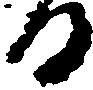
る